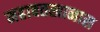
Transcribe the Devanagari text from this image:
महाबतखानास